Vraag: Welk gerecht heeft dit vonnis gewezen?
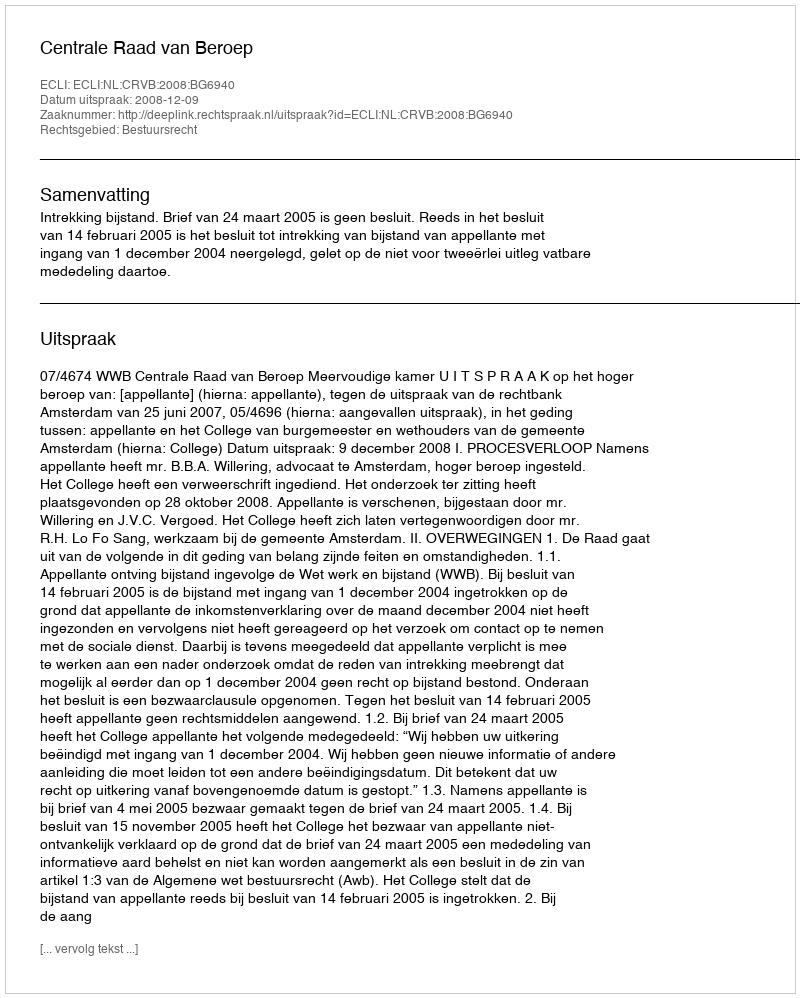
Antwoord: Centrale Raad van Beroep